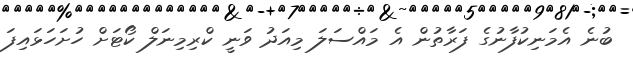
ބުނެ އެމަނިކުފާނުގެ ފަރާތުން އެ މައްސަލަ މިއަދު ވަނީ ކްރިމިނަލް ކޯޓަށް ހުށަހަޅައިފަ